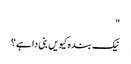
"
نیک بندہ کیویں بنی دا ہے؟